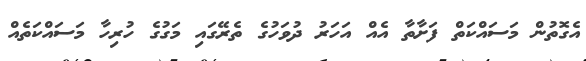
އެގޮތުން މަސައްކަތް ފަށާތާ އެއް އަހަރު ދުވަހުގެ ތެރޭގައި މަގުގެ ހުރިހާ މަސައްކަތެއް